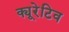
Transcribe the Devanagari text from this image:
क्यूरेटिव